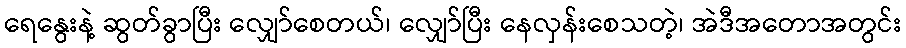
ရေနွေးနဲ့ ဆွတ်ခွာပြီး လျှော်စေတယ်၊ လျှော်ပြီး နေလှန်းစေသတဲ့၊ အဲဒီအတောအတွင်း